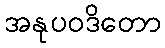
အနုပဝဒိတော